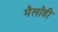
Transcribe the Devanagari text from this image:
मैलॉडी